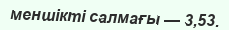
меншікті салмағы — 3,53.